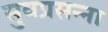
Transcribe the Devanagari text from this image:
सुवप्रसन्ना